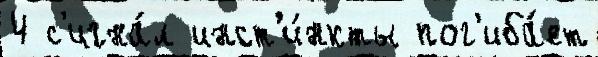
4 с'игна́л инст'и́нкты пог'иба́ет